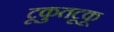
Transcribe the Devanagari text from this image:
टूकुतटूकू